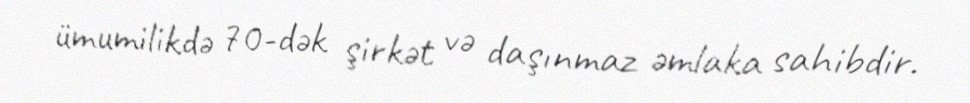
ümumilikdə 70-dək şirkət və daşınmaz əmlaka sahibdir.